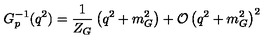
G _ { p } ^ { - 1 } ( q ^ { 2 } ) = \frac { 1 } { Z _ { G } } \left( q ^ { 2 } + m _ { G } ^ { 2 } \right) + { \cal O } \left( q ^ { 2 } + m _ { G } ^ { 2 } \right) ^ { 2 }